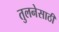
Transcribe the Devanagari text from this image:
तुलनेसाठी